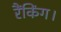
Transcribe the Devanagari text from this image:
रैंकिंग।